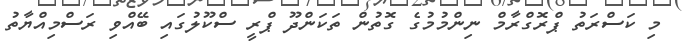
މި ކަސްރަތު ޕްރޮގްރާމް ނިންމުމުގެ ގޮތުން ތަކަންދޫ ޕްރީ ސްކޫލުގައި ބޭއްވި ރަސްމިއްޔާތު